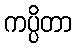
ကပ္ပိတာ